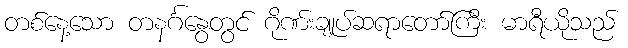
တစ်နေ့သော တနင်္ဂနွေတွင် ဂိုဏ်းချုပ်ဆရာတော်ကြီး မာရီယိုသည်